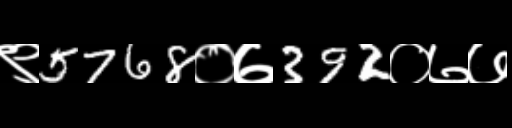
Text: ९5768०७392०७७